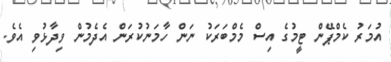
އުމަރު ކެމްޕޭން ޓީމުގެ އިސް މެމްބަރަކު ނަން ހާމަނުކުރަން އެދެމުން ވިދާޅުވި އެވެ.